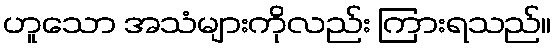
ဟူသော အသံများကိုလည်း ကြားရသည်။